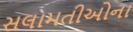
સલામતીઓના